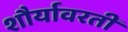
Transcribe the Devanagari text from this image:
शौर्यावरती